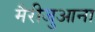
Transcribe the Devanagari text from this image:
मैरीजुआना